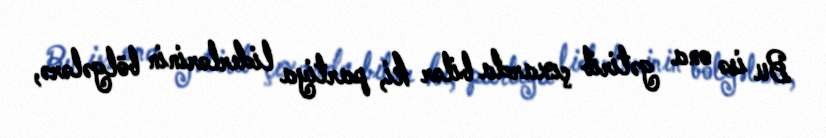
Bu isə ona gətirib çıxarda bilər ki, partiya liderlərinin bölgələrə,